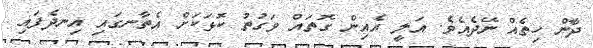
ދާން ހިތެއް ނޭދެއެވެ. އަލީ އެއިން ގޮތައް ވަގުތު ކޮޅަކަށް އެތާނގައި އިނދެފައި